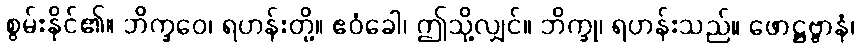
စွမ်းနိုင်၏။ ဘိက္ခဝေ၊ ရဟန်းတို့။ ဧဝံခေါ၊ ဤသို့လျှင်။ ဘိက္ခု၊ ရဟန်းသည်။ ဖောဋ္ဌဗ္ဗာနံ၊